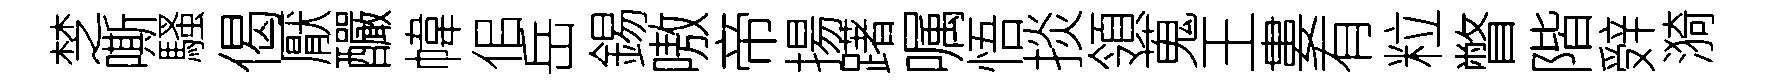
椘嘶騷偈厭釅幃佀岳錫嗷帝揚躇嘱悟掞領蒐王婁有粒瞥階辤漪